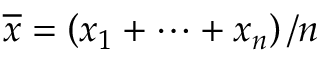
{ \overline { { x } } } = \left( x _ { 1 } + \cdots + x _ { n } \right) / n